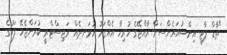
"ތާޑް ޕާޓީ އިންޝުއަރެންސަށް ރާއްޖޭގެ ހުރިހާ އެއްގަމު އުޅަނދެއް ރަޖިސްޓްރީ ކުރަންޖެހޭ ފަހުގެ